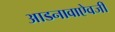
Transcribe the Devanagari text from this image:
आडनावाऐवजी